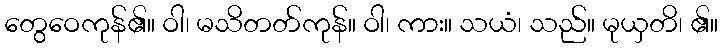
တွေဝေကုန်၏။ ဝါ၊ မသိတတ်ကုန်။ ဝါ၊ ကား။ သယံ၊ သည်။ မုယှတိ၊ ၏။